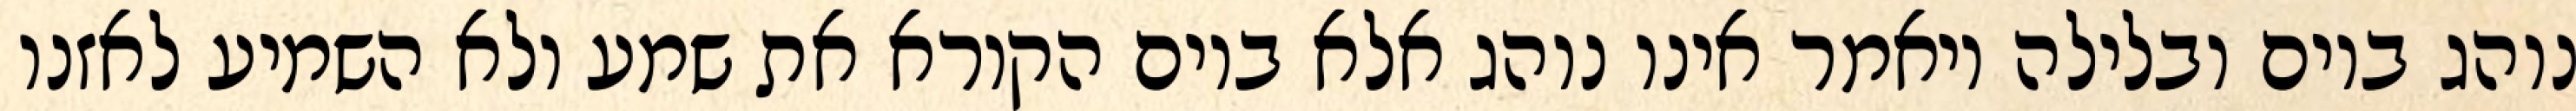
נוהג ביום ובלילה ויאמר אינו נוהג אלא ביום הקורא את שמע ולא השמיע לאזנו